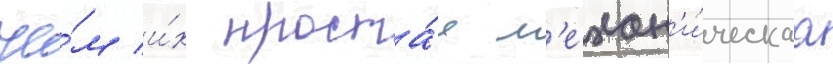
че́м и́х проста́я м'ехан'и́ческаа